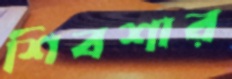
শিবশার